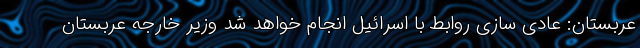
عربستان: عادی سازی روابط با اسرائیل انجام خواهد شد وزیر خارجه عربستان